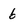
Character: 6